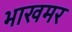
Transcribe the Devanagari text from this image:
भाखमर